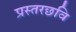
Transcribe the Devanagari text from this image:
प्रस्तरछवि